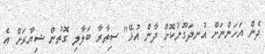
ދެން އަހަންނަށް އުނދަގޫނުކޮށް ދާން އުޅޭ" ސިތާރާ ބަލާލި ގޮތުން ޝިޔާރަށް އެ